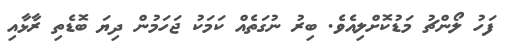
ފަހު ލޯންޗު މަޑުކޮށްލިއެވެ. ބިރު ނުގަތެއް ކަމަކު ޖަހަމުން ދިޔަ ބޮޑެތި ރާޅާއި